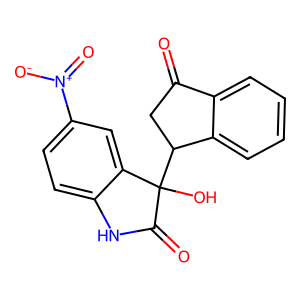
SMILES: O=C1CC(C2(O)C(=O)Nc3ccc([N+](=O)[O-])cc32)c2ccccc21
Inhibits HIV replication: No